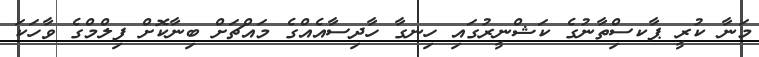
މަނާ ކުރީ ޕާކސިްތާނުގެ ކަޝްނީރުގައި ހިނގާ ހާދިސާއެއްގެ މައްޗަށް ބިނާކޮށް ފިލްމްގެ ވާހަކަ